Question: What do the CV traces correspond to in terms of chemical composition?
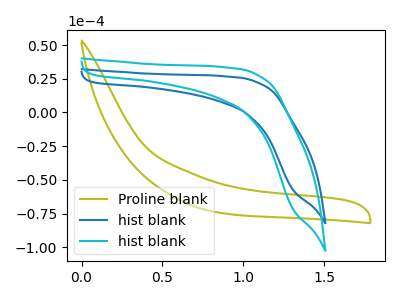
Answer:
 <answer>The olive curve is labeled "Proline blank". The blue curve is labeled "hist blank". The cyan curve is labeled "hist blank".</answer>
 <eval></eval>